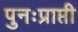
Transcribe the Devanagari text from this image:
पुनःप्राप्ती